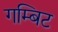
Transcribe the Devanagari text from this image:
गम्बिट